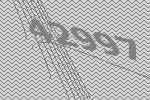
42997